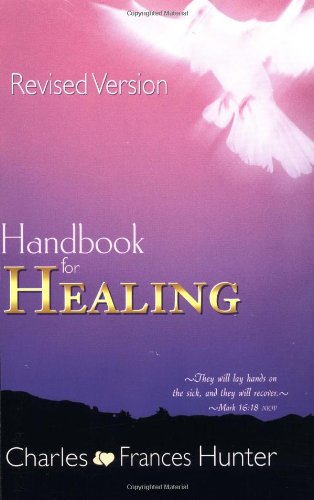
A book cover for Handbook For Healing; HUNTER CHARLES And F; Christian Books & Bibles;